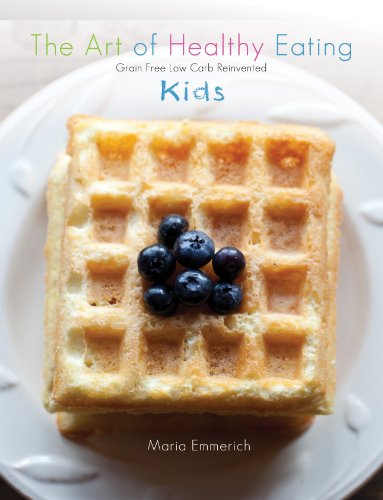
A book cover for The Art of Healthy Eating - Kids; Maria Emmerich; Cookbooks, Food & Wine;